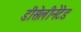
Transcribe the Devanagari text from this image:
डीसेलीनेटेड